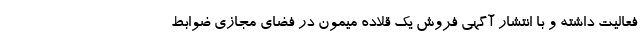
فعالیت داشته و با انتشار آگهی فروش یک قلاده میمون در فضای مجازی ضوابط